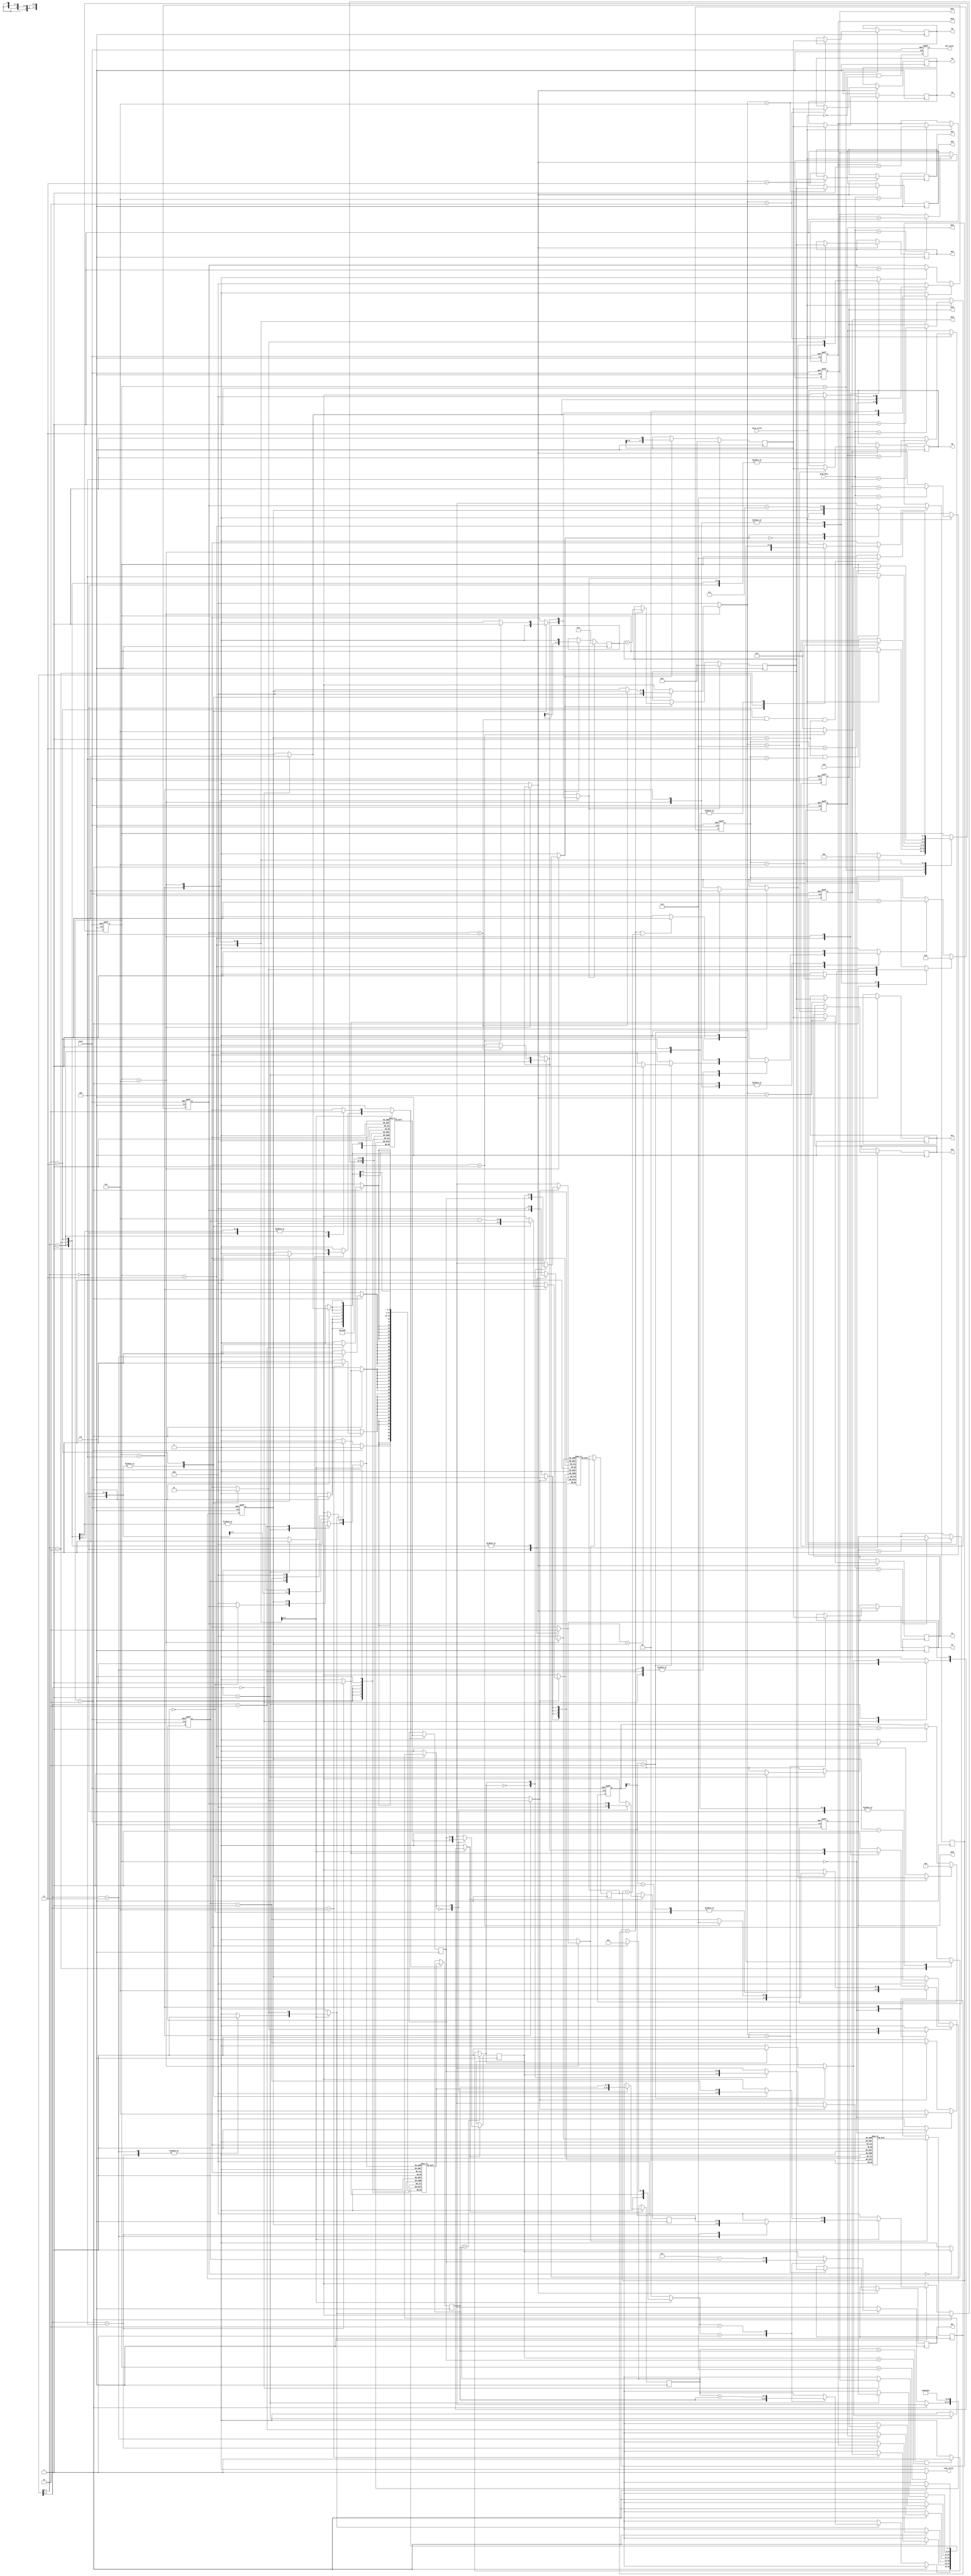
module huffman(clk, reset, gray_valid, gray_data, CNT_valid, CNT1, CNT2, CNT3, CNT4, CNT5, CNT6,
    code_valid, HC1, HC2, HC3, HC4, HC5, HC6, M1, M2, M3, M4, M5, M6);

input clk;
input reset;
input gray_valid;
input [7:0] gray_data;
output CNT_valid;
output [7:0] CNT1, CNT2, CNT3, CNT4, CNT5, CNT6;
output code_valid;
output [7:0] HC1, HC2, HC3, HC4, HC5, HC6;
output [7:0] M1, M2, M3, M4, M5, M6;

reg [7:0] CNT1, CNT2, CNT3, CNT4, CNT5, CNT6;
reg CNT_valid;

reg code_valid;
reg [7:0] HC1, HC2, HC3, HC4, HC5, HC6;
reg [7:0] M1, M2, M3, M4, M5, M6;

// FSM
parameter
IDLE       = 0, 
LOAD_NT    = 1,
LOAD_LIST  = 2,
SORTING    = 3,
BUILD_TREE = 4,
READ_TREE  = 5,
DONE       = 6;
reg [2:0] cs;
reg [2:0] ns;

// Controller


// Counter
reg rst_cnt;
reg en_cnt;
reg [6:0] cnt;

// Counter2
reg rst_cnt2;
reg en_cnt2;
reg [3:0] cnt2;

// List
reg [2:0] rda_List;
reg [3:0] rd_Lt;
reg [7:0] rd_Lv;

reg wen_List;
reg [2:0] wra_List;
reg [3:0] wr_Lt;
reg [7:0] wr_Lv;

parameter
SRC_RA     = 0,
SRC_RB     = 1,
SRC_AplusB = 2;
reg [1:0] src_wr_L;

reg [3:0] ListA [0:5];
reg [7:0] ListB [0:5];

// List Reg A & B and index
parameter
FROM_List = 0,
FROM_RB   = 1;

reg en_RegA;
reg src_RA;
reg [3:0] RegA_t;
reg [7:0] RegA_v;

reg en_RegB;
reg src_RB;
reg [3:0] RegB_t;
reg [7:0] RegB_v;

reg [2:0] L_idx;

// for loop i & j & k 
reg rst_i;
reg en_i;
reg [2:0] num_i;
reg [2:0] int_i;

reg rst_j;
reg en_j;
reg [2:0] num_j;
reg [2:0] int_j;

reg rst_k;
reg en_k;
reg [2:0] num_k;
reg [2:0] int_k;

// Compare A & B
reg cmpA_B;

// Tree
reg [2:0] rda_Tree;
reg [3:0] rd_T1;
reg [3:0] rd_T0;

reg wen_Tree;
reg [2:0] wra_Tree;
reg [3:0] wr_T1;
reg [3:0] wr_T0;

reg [3:0] Tree_1 [0:4];
reg [3:0] Tree_0 [0:4];

// node
reg en_node;
parameter
SRC_J    = 0,
SRC_Tree = 1;
reg src_node;
reg [3:0] node;

// tmp Tree
reg en_tmp_T;
reg [3:0] tmp_T1;
reg [3:0] tmp_T0;

// tmp Huffman code
reg rst_tmp_HC;
reg en_tmp_HC;
reg [7:0] tmp_HC;
reg [7:0] tmp_MK;
reg [7:0] addnum;

reg [2:0] wra_tmp_HC;
reg wen_tmp_HC;

// compare T1 T0
reg isT1, isT0;
reg find;

// FSM
always@(*) begin
  ns = cs;
  case(cs)
  IDLE      : begin
    if(gray_valid)
      ns = LOAD_NT;
  end
  LOAD_NT   : begin
    if(!gray_valid)
      ns = LOAD_LIST;
  end
  LOAD_LIST : begin
    if(cnt==5) begin
      ns = SORTING;
    end
  end
  SORTING   : begin
    if(int_j==1 && cnt==4) begin
      ns = BUILD_TREE;
    end
  end
  BUILD_TREE: begin
    if(cnt==3) begin
      ns = SORTING;
      if(int_k==1) begin
        ns = READ_TREE;
      end
    end
  end
  READ_TREE : begin
    if(cnt[1:0]==3 && int_i==4 && int_j==1)
      ns = DONE;
  end
  DONE      : begin
  end
  endcase
end

// Controller
always@(*) begin
  code_valid = 0;
  
  // Counter
  rst_cnt = 0;
  en_cnt  = 0;
  
  // Counter2
  rst_cnt2 = 0;
  en_cnt2  = 0;

  // List
  rda_List = 0;
  wen_List = 0;
  wra_List = 0;

  // List Reg A & B
  en_RegA = 0;
  src_RA = FROM_List;
  en_RegB = 0;
  src_RB = FROM_List;
  
  src_wr_L = SRC_RA;

  // for loop i & j & k
  rst_i = 0;
  en_i  = 0;
  num_i = 0;

  rst_j = 0;
  en_j  = 0;
  num_j = 0;

  rst_k = 0;
  en_k  = 0;
  num_k = 0;

  // Tree
  rda_Tree = 0;
  wra_Tree = 0;
  wen_Tree = 0;

  // node
  en_node  = 0;
  src_node = SRC_J;
  
  // tmp Tree
  en_tmp_T = 0;

  // tmp Huffman code
  rst_tmp_HC = 0;
  en_tmp_HC  = 0;

  wra_tmp_HC = 0;
  wen_tmp_HC = 0;
  case(cs)
  IDLE      : begin
    rst_j = 1;
    num_j = 5;
    
    rst_k = 1;
    num_k = 5;
  end
  LOAD_NT   : begin
  end
  LOAD_LIST : begin
    en_cnt = 1;
    if(cnt==5) begin
      rst_cnt = 1;
    end
  end
  SORTING   : begin
    case(cnt[2:0]) // for j
    0:begin
      en_RegA = 1;
      
      rst_i = 1;
      num_i = 1;

      en_cnt = 1;
    end
    1:begin
      case(cnt2[1:0]) // for i
      0:begin
        rda_List = int_i;
        en_RegB = 1;        
	en_cnt2 = 1;
      end
      1:begin
	en_cnt2 = 1;
      end
      2:begin
        if(cmpA_B) begin
          en_RegA = 1;
	  src_RA  = FROM_RB;
	end	  
        rst_cnt2 = 1;
        en_i = 1;
	if(int_i==int_j) begin
          en_cnt = 1;
	end
      end
      endcase
    end
    2:begin
      rda_List = int_j;
      en_RegB = 1;        

      en_cnt = 1;
    end
    3:begin
      wen_List = 1;
      wra_List = int_j;
      src_wr_L = SRC_RA;

      en_cnt = 1;
    end
    4:begin
      wen_List = 1;
      wra_List = L_idx;
      src_wr_L = SRC_RB;

      en_j    = 1;
      rst_cnt = 1;
    end
    endcase
  end
  BUILD_TREE: begin
    en_cnt = 1;
    case(cnt[1:0])
    0:begin
      rda_List = int_k;
      en_RegA  = 1;              
    end
    1:begin
      rda_List = int_k-1;
      en_RegB  = 1;              
    end
    2:begin      
    end
    3:begin
      // Tree
      wra_Tree = 5-int_k;
      wen_Tree = 1;

      // List
      wen_List = 1;
      wra_List = int_k-1; 
      src_wr_L = SRC_AplusB;
      
      rst_j = 1;
      num_j = int_k-1;

      en_k    = 1;
      rst_cnt = 1;
      if(int_k==1) begin
        rst_i = 1;
	num_i = 0;

        num_j = 6;

	rst_tmp_HC = 1;
      end
    end
    endcase
  end
  READ_TREE : begin
    en_cnt = 1;
    case(cnt[1:0])
    0:begin
      rda_Tree = int_i;
      en_tmp_T = 1;

      if(int_i==0) begin
        en_node = 1;
      end
    end
    1:begin 
    end
    2:begin 
      if(find) begin
        // Tree
        en_node  = 1;
	src_node = SRC_Tree;

	// Huffman code
	en_tmp_HC = 1;
      end
    end
    3:begin    
      en_i = 1;
      if(int_i==4) begin
        // Huffman code
	rst_tmp_HC = 1;
	wra_tmp_HC = int_j;
	wen_tmp_HC = 1;

        rst_i = 1;
        num_i = 0;

        en_j = 1;
      end
      rst_cnt = 1;
    end
    endcase
  end
  DONE      : begin
    code_valid = 1;
  end
  endcase
end

// CNT
always@(posedge clk or posedge reset) begin
  if(reset) begin
    CNT1 <= 0; 
    CNT2 <= 0; 
    CNT3 <= 0;  
    CNT4 <= 0; 
    CNT5 <= 0; 
    CNT6 <= 0; 
  end
  else begin
    if(gray_valid) begin
      case(gray_data)
      1:CNT1 <= CNT1 + 1; 
      2:CNT2 <= CNT2 + 1;
      3:CNT3 <= CNT3 + 1;
      4:CNT4 <= CNT4 + 1;
      5:CNT5 <= CNT5 + 1;
      6:CNT6 <= CNT6 + 1;
      endcase
    end
  end
end

// Counter
always@(posedge clk or posedge reset) begin
  if(reset) begin
    cnt <= 0;
  end
  else begin
    if(rst_cnt)      cnt <= 0; 
    else if (en_cnt) cnt <= cnt + 1;
  end
end

// Counter2
always@(posedge clk or posedge reset) begin
  if(reset) begin
    cnt2 <= 0;
  end
  else begin
    if(rst_cnt2)      cnt2 <= 0; 
    else if (en_cnt2) cnt2 <= cnt2 + 1;
  end
end

// List
  // Read
always@(*) begin
  rd_Lt = ListA[rda_List];
  rd_Lv = ListB[rda_List];
end

  // Select write date
always@(*) begin
  wr_Lt = RegA_t;
  wr_Lv = RegA_v;
  case(src_wr_L)
  SRC_RA: begin
    wr_Lt = RegA_t;
    wr_Lv = RegA_v;
  end
  SRC_RB: begin
    wr_Lt = RegB_t;
    wr_Lv = RegB_v;
  end
  SRC_AplusB: begin
    wr_Lt = 12-int_k;
    wr_Lv = RegA_v+RegB_v;
  end
  endcase
end

  // Write
always@(posedge clk) begin
  if(cs==LOAD_LIST) begin
    case(cnt[2:0])
    0:ListA[0] <= 1; 
    1:ListA[1] <= 2;
    2:ListA[2] <= 3;
    3:ListA[3] <= 4;
    4:ListA[4] <= 5;
    5:ListA[5] <= 6;
    endcase

    case(cnt[2:0])
    0:ListB[0] <= CNT1; 
    1:ListB[1] <= CNT2;
    2:ListB[2] <= CNT3;
    3:ListB[3] <= CNT4;
    4:ListB[4] <= CNT5;
    5:ListB[5] <= CNT6;
    endcase
  end
  else if(wen_List) begin
    ListA[wra_List] <= wr_Lt; 
    ListB[wra_List] <= wr_Lv; 
  end
end

// List Reg A & B and index
always@(posedge clk) begin
  // Reg A
  if(en_RegA) begin
    case(src_RA)
    FROM_List: begin
      L_idx  <= 0;
      RegA_t <= rd_Lt;
      RegA_v <= rd_Lv;
    end
    FROM_RB  : begin
      L_idx  <= int_i;
      RegA_t <= RegB_t;
      RegA_v <= RegB_v;
    end
    endcase
  end

  // Reg B
  if(en_RegB) begin
    case(src_RB)
    FROM_List: begin
      RegB_t <= rd_Lt;
      RegB_v <= rd_Lv;
    end
    endcase
  end
end

// for loop i & j & k 
always@(posedge clk or posedge reset) begin
  if(reset) begin
    int_i <= 0; 
    int_j <= 0; 
    int_k <= 0; 
  end
  else begin
    if(rst_i)     int_i <= num_i;
    else if(en_i) int_i <= int_i + 1;

    if(rst_j)     int_j <= num_j;
    else if(en_j) int_j <= int_j - 1;

    if(rst_k)     int_k <= num_k;
    else if(en_k) int_k <= int_k - 1;
  end
end

// Compare A & B
always@(*) begin
  cmpA_B = 0;
  if(RegA_v>RegB_v) 
    cmpA_B = 1;
  else if(RegA_v==RegB_v && RegA_t<RegB_t)
    cmpA_B = 1;
end

// Tree
  // Read
always@(*) begin
  rd_T1 = Tree_1[rda_Tree];
  rd_T0 = Tree_0[rda_Tree];
end

  // Select write date
always@(*) begin
  wr_T1 = RegA_t;
  wr_T0 = RegB_t;
  case(cmpA_B)
  0: begin // B > A
    wr_T1 = RegA_t;
    wr_T0 = RegB_t;
  end
  1: begin // A > B
    wr_T1 = RegB_t;
    wr_T0 = RegA_t;
  end
  endcase
end

  // Write
always@(posedge clk) begin
  if(wen_Tree) begin
    Tree_1[wra_Tree] <= wr_T1;
    Tree_0[wra_Tree] <= wr_T0;
  end
end

// node
always@(posedge clk) begin
  if(en_node) begin
    case(src_node)
    SRC_J:   node <= int_j;
    SRC_Tree:node <= int_i+7;
    endcase
  end
end

// tmp Tree
always@(posedge clk) begin
  if(en_tmp_T) begin
    tmp_T1 <= rd_T1;
    tmp_T0 <= rd_T0;
  end
end

// tmp Huffman code
  // make tmp code
always@(posedge clk) begin
  if(rst_tmp_HC) begin
    tmp_HC <= 0;
    tmp_MK <= 0;
    addnum <= 1;
  end
  else if(en_tmp_HC) begin
    if(isT1)
      tmp_HC <= tmp_HC + addnum;

    tmp_MK <= {tmp_MK[6:0], 1'b1};
    addnum <= {addnum[6:0], 1'b0};
  end
end

  // write to HC & M
always@(posedge clk) begin
  if(wen_tmp_HC) begin
    case(wra_tmp_HC)
    1:begin
      HC1 <= tmp_HC; 
      M1  <= tmp_MK;
    end
    2:begin  
      HC2 <= tmp_HC; 
      M2  <= tmp_MK;
    end
    3:begin  
      HC3 <= tmp_HC; 
      M3  <= tmp_MK;
    end
    4:begin  
      HC4 <= tmp_HC; 
      M4  <= tmp_MK;
    end
    5:begin  
      HC5 <= tmp_HC; 
      M5  <= tmp_MK;
    end
    6:begin  
      HC6 <= tmp_HC; 
      M6  <= tmp_MK;
    end
    endcase
  end
end

// compare T0 T1
always@(*) begin
  isT1 = (node==tmp_T1);
  isT0 = (node==tmp_T0);
  find = (isT1 || isT0);
end

always@(posedge clk or posedge reset) begin
  if(reset) begin
    cs <= IDLE;

    CNT_valid <= 0; 
  end
  else begin
    cs <= ns;

    CNT_valid <= (cs==LOAD_NT && !gray_valid); 
  end
end

endmodule